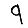
Digit: 9